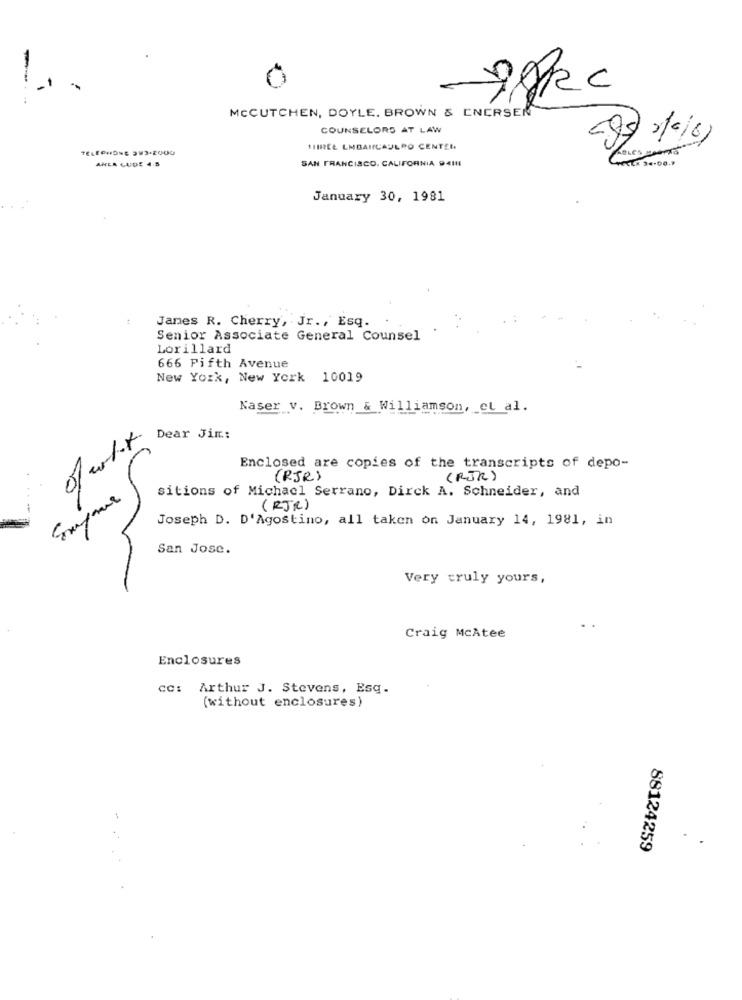
78kc
----
MCCUTCHEN, DOYLE. BROWN & ENERSEN
COUNSELORS AT LAW
TELEPHONE 3V3-2000
THREE LMBANCAULRO CENTER
ANLA GUDE 4.5
SAN FRANCISCO, CALIFORNIA 9411
.# 34.00.7
January 30, 1981
James R. Cherry, Jr ., Esq.
Senior Associate General Counsel
Lorillard
666 Fifth Avenue
New York, New York 10019
Naser v. Brown & Williamson, et al.
Dear Jim .:
Enclosed are copies of the transcripts of depo-
(RJR)
(RJR)
sitions of Michael Serrano, Dirck A. Schneider, and
(RJR)
Joseph D. D'Agostino, all taken on January 14, 1981, in
San Jose.
Very truly yours,
Craig McAtee
Enclosures
cc: Arthur J. Stevens, Esq.
(without enclosures)
88124259